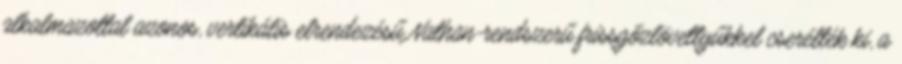
alkalmazottal azonos, vertikális elrendezésű Nathan-rendszerű frissgőzlövettyűkkel cserélték ki, a